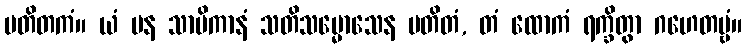
ပတိတကံ။ ယံ ပန သာမိကာနံ သတိသမ္မောသေန ပတိတံ, တံ ထောကံ ရက္ခိတွာ ဂဟေတဗ္ဗံ။